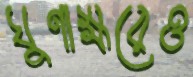
ঘুণাক্ষরেও